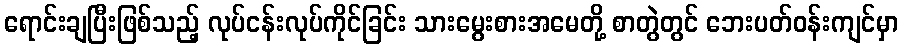
ရောင်းချပြီးဖြစ်သည့် လုပ်ငန်းလုပ်ကိုင်ခြင်း သားမွေးစားအမေတို့ စာတွဲတွင် ဘေးပတ်ဝန်းကျင်မှာ